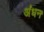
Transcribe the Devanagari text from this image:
अंधन